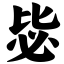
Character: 毖